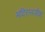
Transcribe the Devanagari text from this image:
मंदिरानजीक